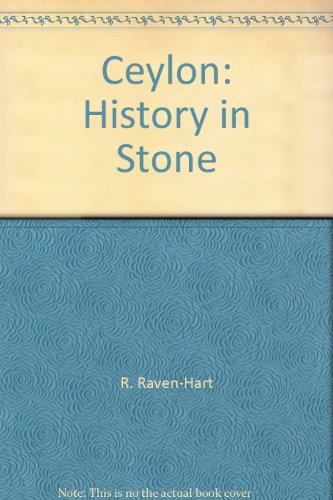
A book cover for Ceylon: History in Stone; R. Raven-Hart; Travel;